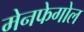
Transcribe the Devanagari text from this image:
मेनफेगोल